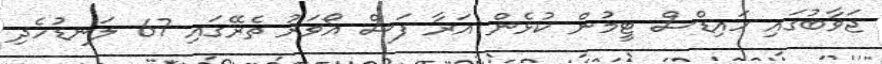
ޖަވާބުގައި ހައިޑްސް ޓީމުން ކުޅެން އަރާ ފަސް އޯވަރު ތެރޭގައި 67 ލަނޑުހެދި